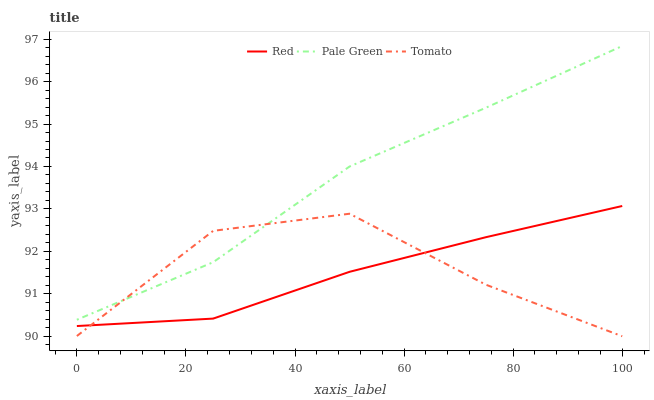
| xaxis_label | Red | Pale Green | Tomato |
 | --- | --- | --- | --- |
 | 0 | 90.2 | 90.4 | 90 |
 | 25 | 90.4 | 91.7 | 92.5 |
 | 50 | 91.5 | 94 | 92.9 |
 | 75 | 92.3 | 95.4 | 91.2 |
 | 100 | 93.1 | 96.8 | 90 |